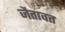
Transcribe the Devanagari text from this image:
जैतावत